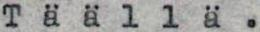
Täällä.